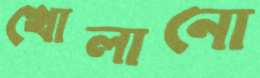
খোলানো